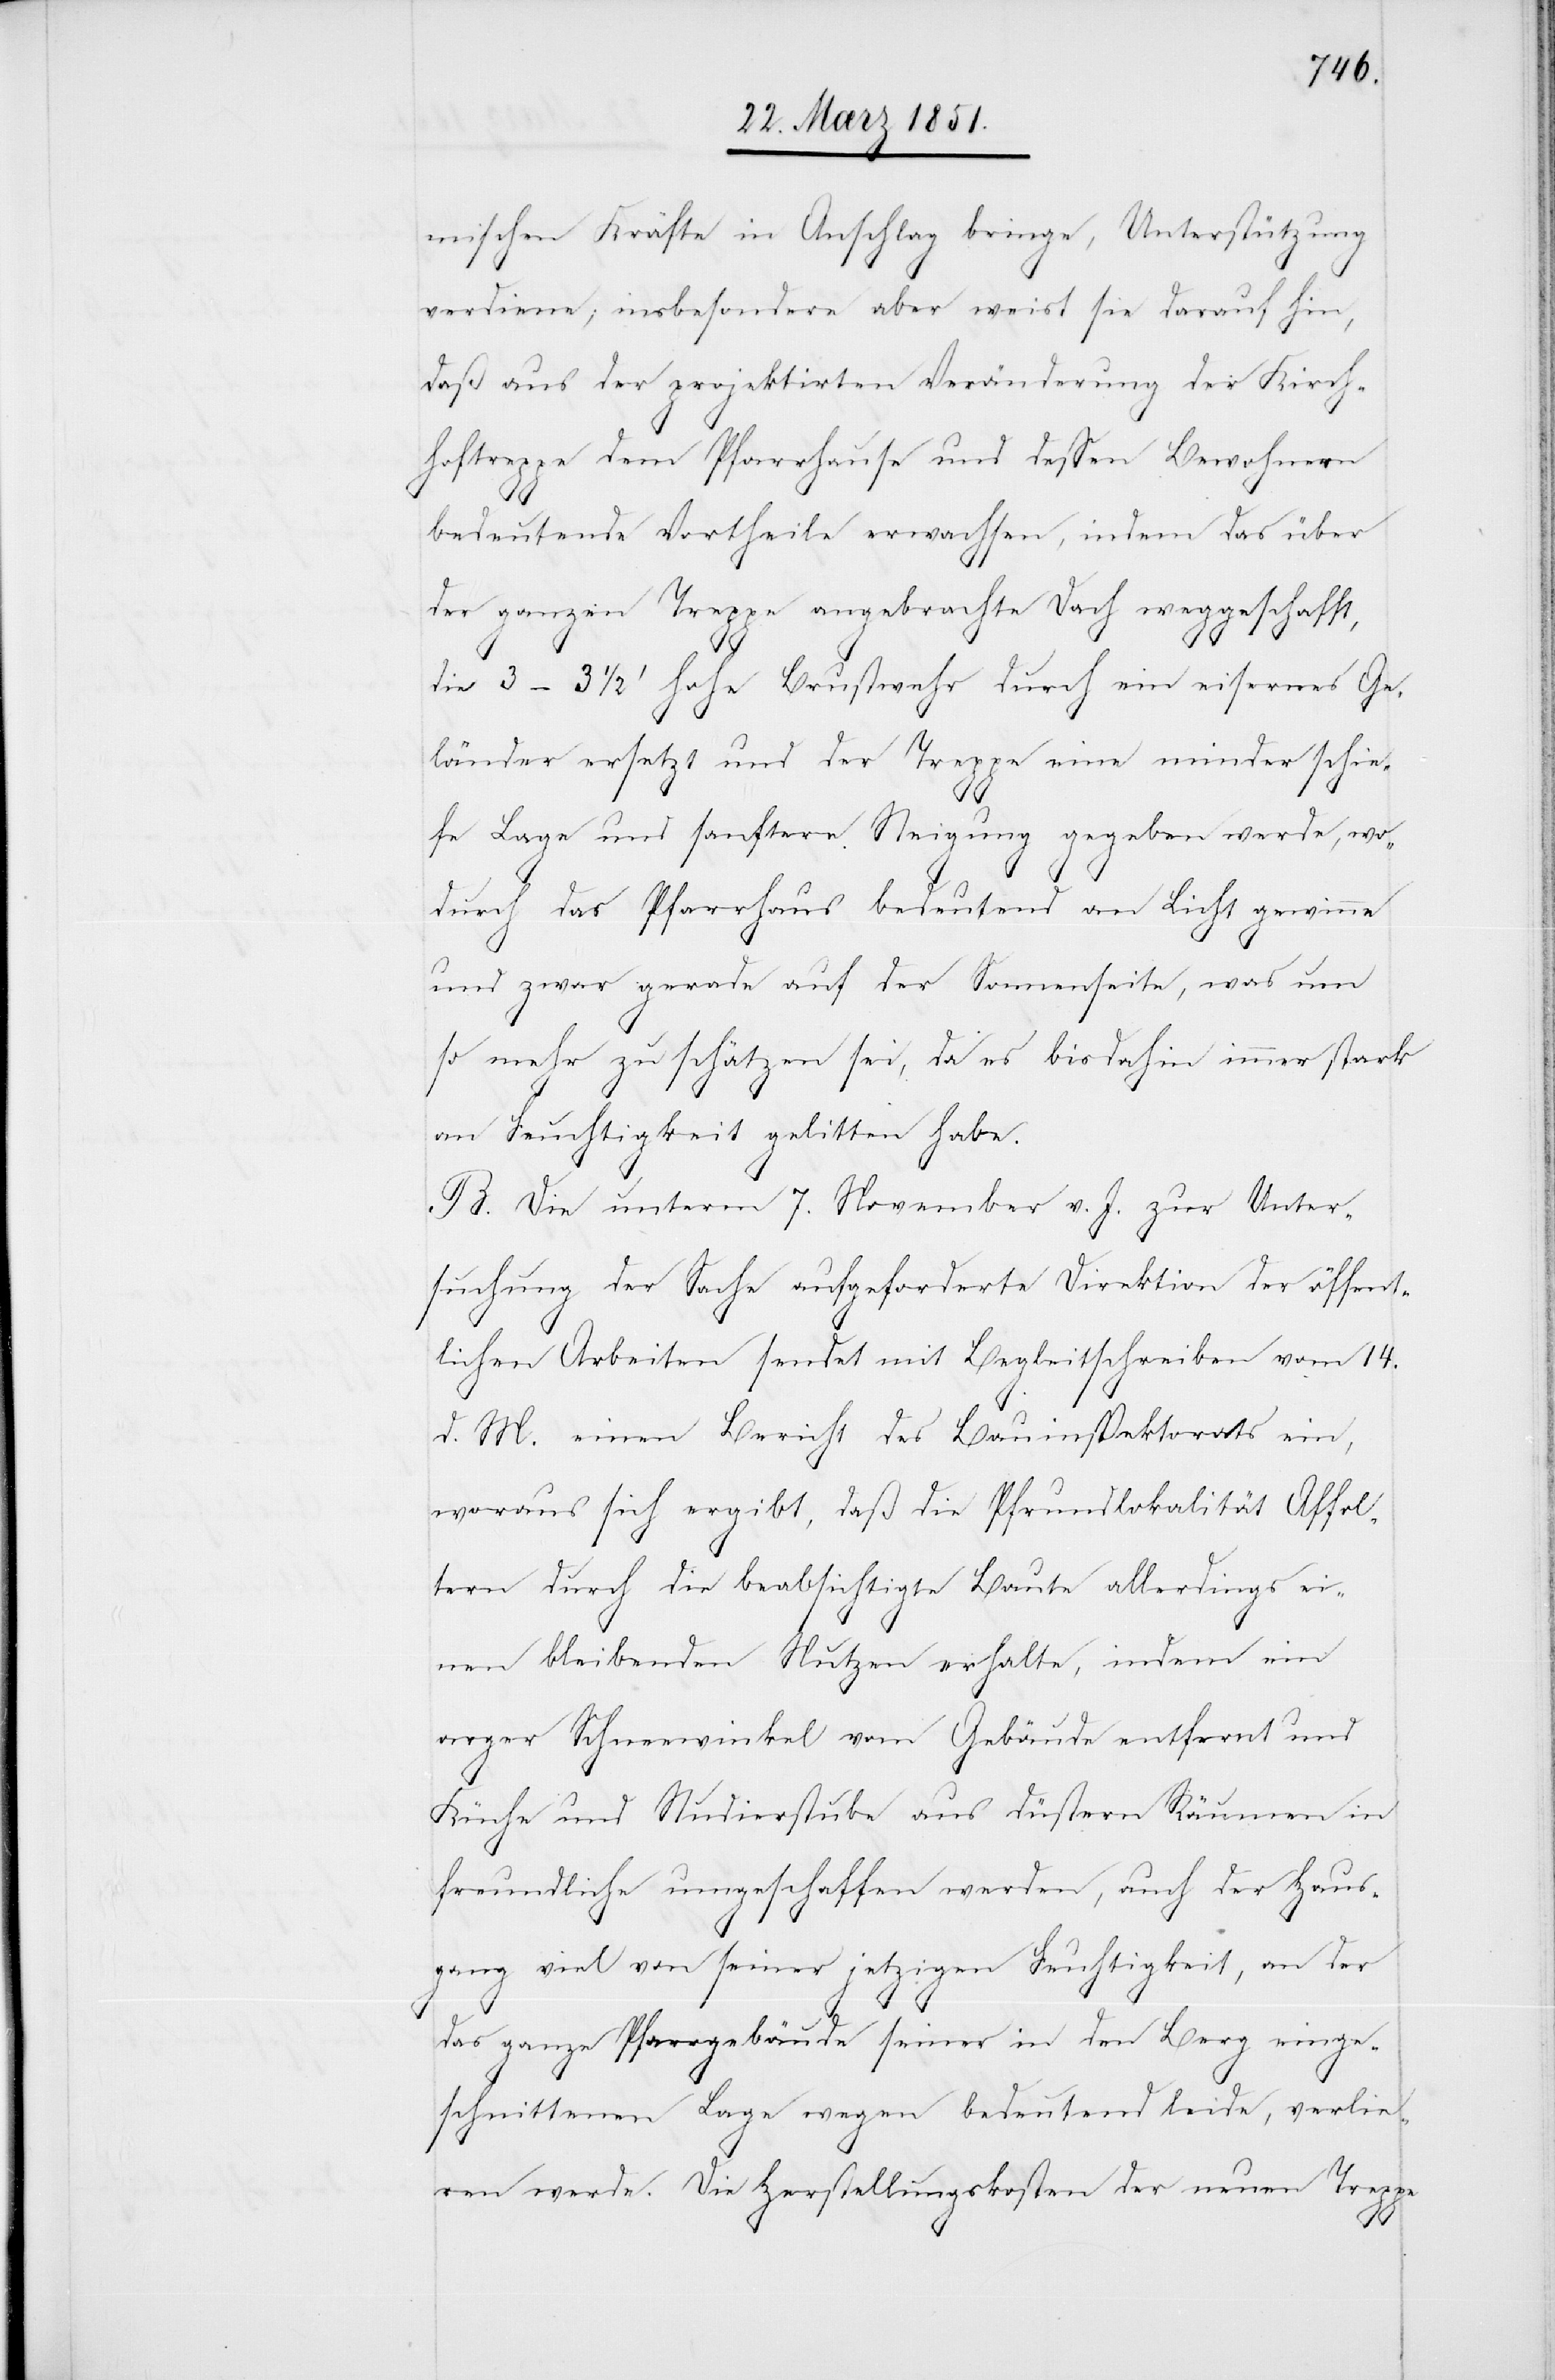
mischen Kräfte in Anschlag bringe, Unterstützung
verdiene; insbesondere aber weist sie darauf hin,
daß aus der projektirten Veränderung der Kirch¬
hoftreppe dem Pfarrhause und dessen Bewohnern
bedeutende Vortheile erwachsen, indem das über
der ganzen Treppe angebrachte Dach weggeschafft,
die 3–3 1/2‘ hohe Brustwehr durch ein eisernes Ge¬
länder ersetzt und der Treppe eine minder schie¬
fe Lage und sanftere Steigung gegeben werde, wo¬
durch das Pfarrhaus bedeutend an Licht gewinne
und zwar gerade auf der Sonnenseite, was um
so mehr zu schätzen sei, da es bisdahin immer stark
an Feuchtigkeit gelitten habe.
B. Die unterm 7. November v. J. zur Unter¬
suchung der Sache aufgeforderte Direktion der öffent¬
lichen Arbeiten sendet mit Begleitschreiben vom 14.
d. M. einen Bericht des Bauinspektorats ein,
woraus sich ergibt, daß die Pfrundlokalität Affol¬
tern durch die beabsichtigte Baute allerdings ei¬
nen bleibenden Nutzen erhalte, indem ein
arger Schneewinkel vom Gebäude entfernt und
Küche und Studierstube aus düstern Räumen in
freundliche umgeschaffen werden, auch der Haus¬
gang viel von seiner jetzigen Feu[c]htigkeit, an der
das ganze Pfarrgebäude seiner in den Berg einge¬
schnittenen Lage wegen bedeutend leide, verlie¬
ren werde. Die Herstellungskosten der neuen Treppe